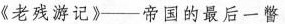
《老残游记》-帝国的最后一瞥